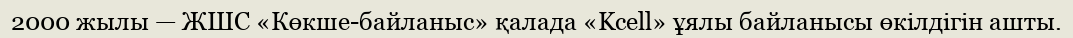
2000 жылы — ЖШС «Көкше-байланыс» қалада «Kcell» ұялы байланысы өкілдігін ашты.